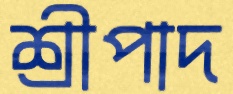
শ্রীপাদ